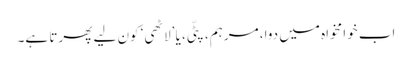
اب خوامخواہ میں دوا، مرہم، پٹّی، یا ’لاٹھی‘ کون لیے پھرتا ہے۔